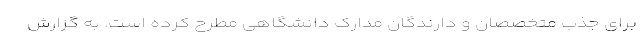
برای جذب متخصصان و دارندگان مدارک دانشگاهی مطرح کرده است. به گزارش